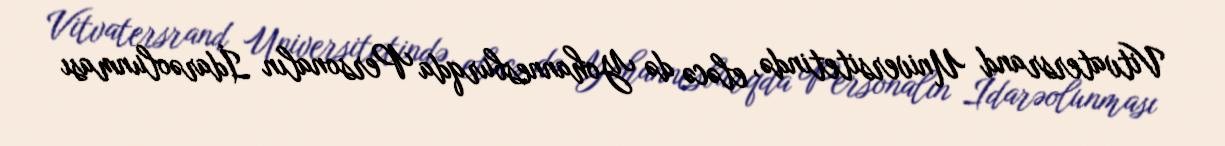
Vitvatersrand Universitetində, eləcə də Yohannesburqda Personalın İdarəolunması